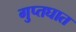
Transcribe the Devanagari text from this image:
गुप्तघात